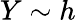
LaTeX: Y\sim h